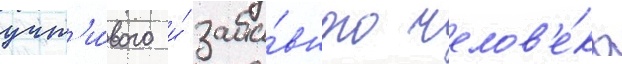
учт'и́вого и́ заба́вного челов'е́ка